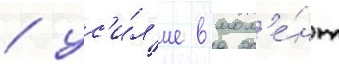
/ ус'и́л'ие в мом'е́нт